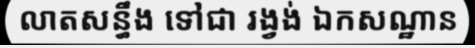
លាតសន្ធឹង ទៅជា រង្វង់ ឯកសណ្ឋាន